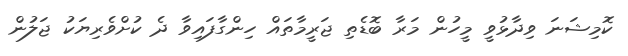
ކޮމިޝަނަ ވިދާޅުވީ މީހުން މަރާ ބޮޑެތި ޖަރީމާތައް ހިންގާފައިވާ ދެ ކުށްވެރިޔަކު ޖަލުން